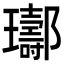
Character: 𨟢